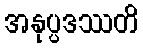
အနုပ္ပဒဿတိ